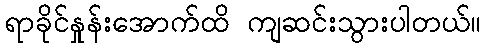
ရာခိုင်နှုန်းအောက်ထိ ကျဆင်းသွားပါတယ်။